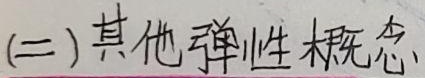
(二) 其他弹性概念